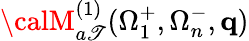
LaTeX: {\calM}_{a\mathscr{T}}^{(1)}(\Omega_{1}^{+},\Omega_{n}^{-},\mathbf{{q}})